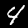
Digit: 4